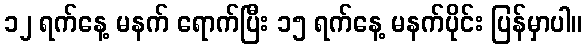
၁၂ ရက်နေ့ မနက် ရောက်ပြီး ၁၅ ရက်နေ့ မနက်ပိုင်း ပြန်မှာပါ။